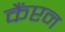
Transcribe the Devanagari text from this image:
कैंप्टन